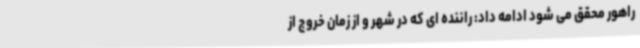
راهور محقق می شود ادامه داد: راننده ای که در شهر و از زمان خروج از